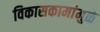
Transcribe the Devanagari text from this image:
विकासकामांमुळे